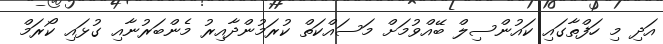
އަދި މި ހަފްތާގައި ކައުންސިލް ބޭއްވުމަށް މަސައްކަތް ކުރަމުންދާއިރު މެންބަރުނާއި ގުޅައި ކޯރަމް